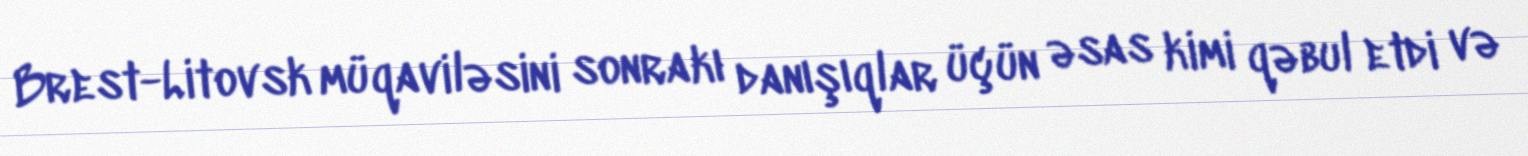
Brest-Litovsk müqaviləsini sonrakı danışıqlar üçün əsas kimi qəbul etdi və